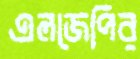
এলজেপির